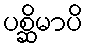
ပစ္ဆိမာပိ